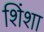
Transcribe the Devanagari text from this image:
शिंशा